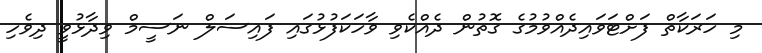
މި ހަރަކާތް ފަށްޓަވައިދެއްވުމުގެ ގޮތުން ދެއްކެވި ވާހަކަފުޅުގައި ފައިސަލް ނަސީމް ވިދާޅުވީ ދިވެހި